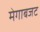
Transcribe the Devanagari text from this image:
मेगाबजट